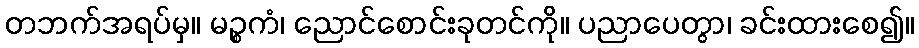
တဘက်အရပ်မှ။ မဉ္စကံ၊ ညောင်စောင်းခုတင်ကို။ ပညာပေတွာ၊ ခင်းထားစေ၍။